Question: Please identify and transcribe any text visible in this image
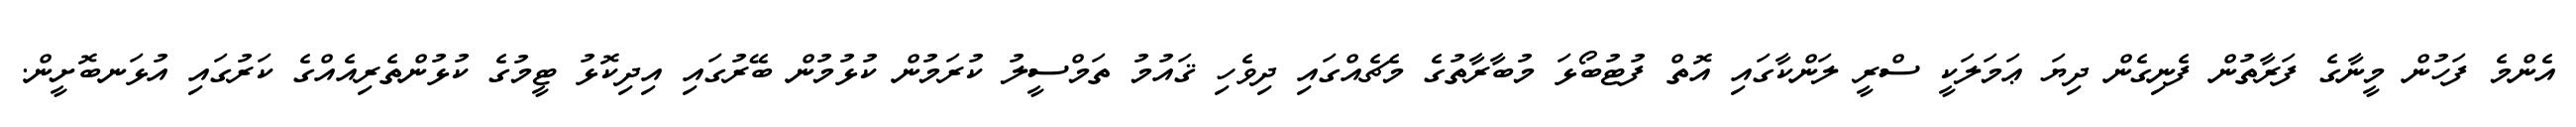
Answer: އެންމެ ފަހުން މީނާގެ ފަރާތުން ފެނިގެން ދިޔަ ޢަމަލަކީ ސްރީ ލަންކާގައި އޮތް ފުޓުބޯޅަ މުބާރާތުގެ މެޗެއްގައި ދިވެހި ޤައުމު ތަމްސީލު ކުރަމުން ކުޅުމުން ބޭރުގައި އިދިކޮޅު ޓީމުގެ ކުޅުންތެރިއެއްގެ ކަރުގައި އުޅަނބޮށީން.